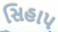
સિહાપ